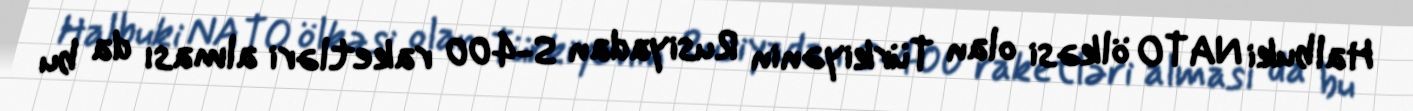
Halbuki NATO ölkəsi olan Türkiyənin Rusiyadan S-400 raketləri alması da bu